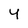
Character: 4